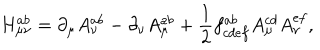
H _ { \mu \nu } ^ { a b } = \partial _ { \mu } A _ { \nu } ^ { a b } - \partial _ { \nu } A _ { \mu } ^ { a b } + \frac { 1 } { 2 } f _ { c d e f } ^ { a b } A _ { \mu } ^ { c d } A _ { \nu } ^ { e f } ,